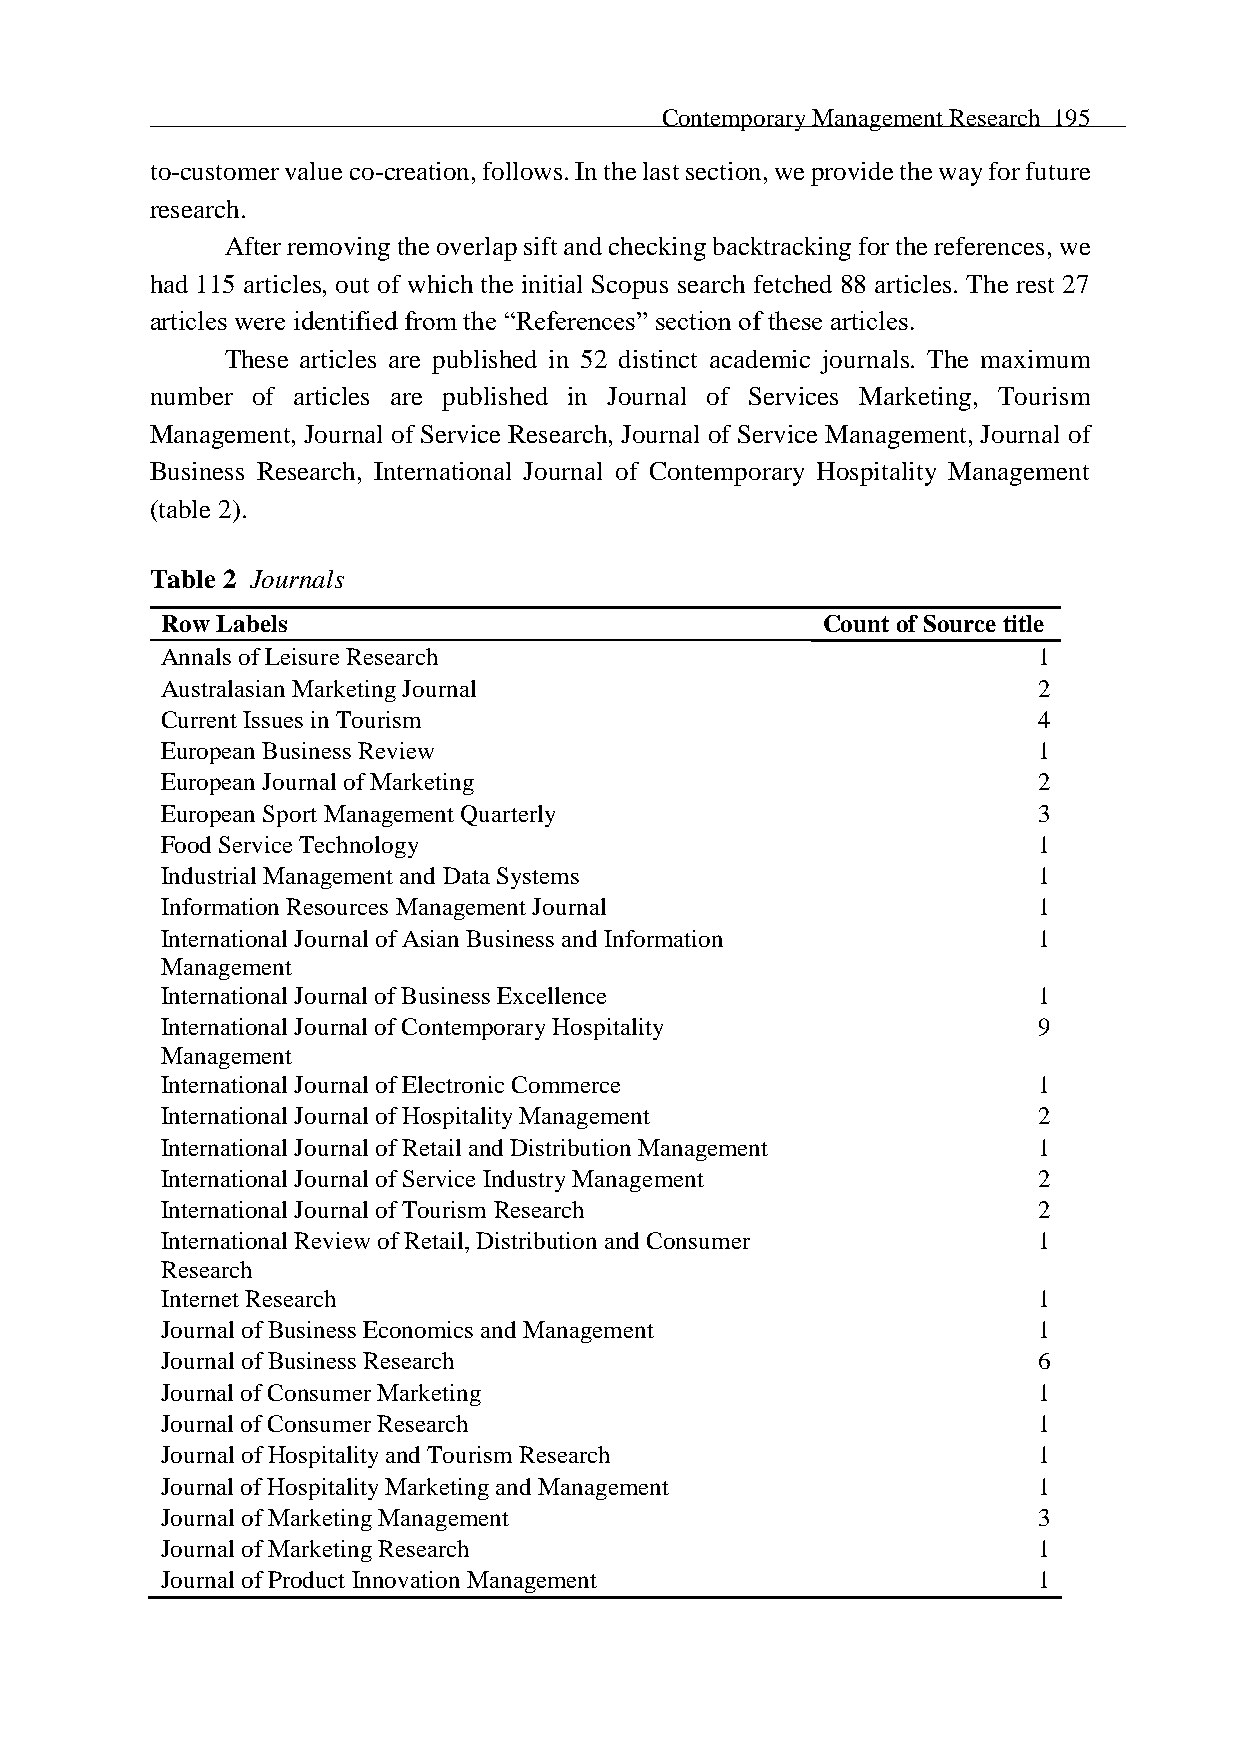
Contemporary Management Research 195
 to-customer value co-creation, follows. In the last section, we provide the way for future
 research.
 After removing the overlap sift and checking backtracking for the references, we
 had 115 articles, out of which the initial Scopus search fetched 88 articles. The rest 27
 articles were identified from the “References” section of these articles.
 These articles are published in 52 distinct academic journals. The maximum
 number of articles are published in Journal of Services Marketing, Tourism
 Management, Journal of Service Research, Journal of Service Management, Journal of
 Business Research, International Journal of Contemporary Hospitality Management
 (table 2).
 Table 2 Journals
 Row Labels                                 Count of Source title
 Annals of Leisure Research                                1
 Australasian Marketing Journal                            2
 Current Issues in Tourism                                 4
 European Business Review                                  1
 European Journal of Marketing                             2
 European Sport Management Quarterly                       3
 Food Service Technology                                   1
 Industrial Management and Data Systems                    1
 Information Resources Management Journal                  1
 International Journal of Asian Business and Information   1
 Management
 International Journal of Business Excellence              1
 International Journal of Contemporary Hospitality         9
 Management
 International Journal of Electronic Commerce              1
 International Journal of Hospitality Management           2
 International Journal of Retail and Distribution Management 1
 International Journal of Service Industry Management      2
 International Journal of Tourism Research                 2
 International Review of Retail, Distribution and Consumer 1
 Research
 Internet Research                                         1
 Journal of Business Economics and Management              1
 Journal of Business Research                              6
 Journal of Consumer Marketing                             1
 Journal of Consumer Research                              1
 Journal of Hospitality and Tourism Research               1
 Journal of Hospitality Marketing and Management           1
 Journal of Marketing Management                           3
 Journal of Marketing Research                             1
 Journal of Product Innovation Management                  1